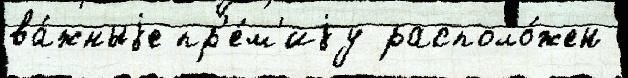
ва́жныjе пр'е́м'иjу располо́жен